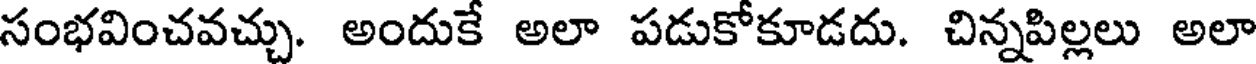
సంభవించవచ్చు. అందుకే అలా పడుకోకూడదు. చిన్నపిల్లలు అలా